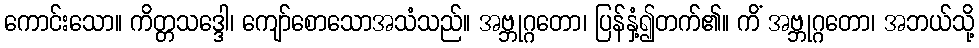
ကောင်းသော။ ကိတ္တသဒ္ဒေါ၊ ကျော်စောသောအသံသည်။ အဗ္ဘုဂ္ဂတော၊ ပြန်နှံ့၍တက်၏။ ကိံ အဗ္ဘုဂ္ဂတော၊ အဘယ်သို့